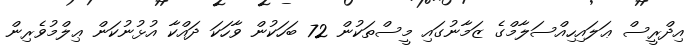
އިދްރީސް ޢަލައިހިއްސަލާމްގެ ޒަމާނުގައި މީސްތަކުން 72 ބަހަކުން ވާހަކަ ދައްކާ އުޅުނުކަން ޢިލްމުވެރިން